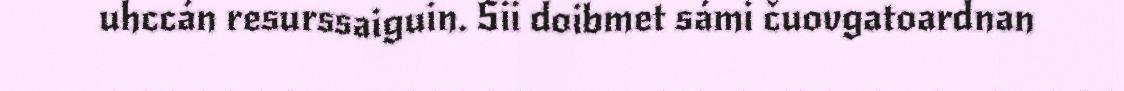
uhccán resurssaiguin. Sii doibmet sámi čuovgatoardnan